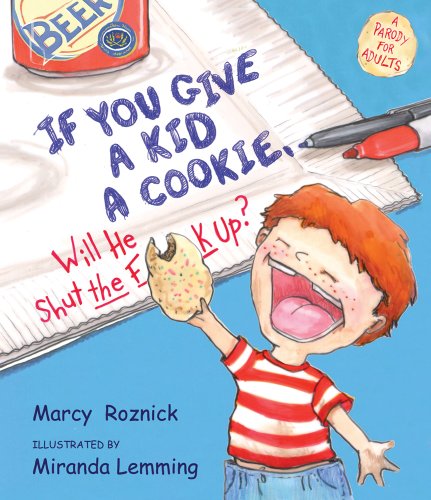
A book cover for If You Give a Kid a Cookie, Will He Shut the F**k Up?: A Parody for Adults; Marcy Roznick; Humor & Entertainment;